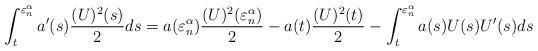
LaTeX: \begin{align*}\int_t^{\varepsilon_n^\alpha}a'(s)\frac{(U)^2(s)}{2}ds=a(\varepsilon_n^\alpha)\frac{(U)^2(\varepsilon_n^\alpha)}{2}-a(t)\frac{(U)^2(t)}{2}-\int_t^{\varepsilon_n^\alpha}a(s)U(s)U'(s)ds\end{align*}